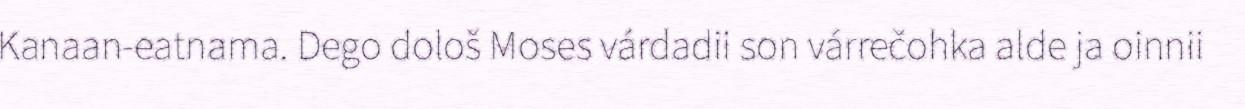
Kanaan-eatnama. Dego dološ Moses várdadii son várrečohka alde ja oinnii